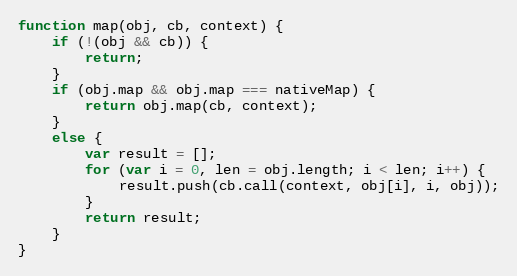
Language: JavaScript
function map(obj, cb, context) {
    if (!(obj && cb)) {
        return;
    }
    if (obj.map && obj.map === nativeMap) {
        return obj.map(cb, context);
    }
    else {
        var result = [];
        for (var i = 0, len = obj.length; i < len; i++) {
            result.push(cb.call(context, obj[i], i, obj));
        }
        return result;
    }
}